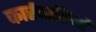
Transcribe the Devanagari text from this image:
कार्रवाहियों